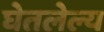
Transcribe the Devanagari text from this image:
घेतलेल्य